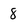
Character: 8